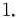
1.